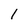
Character: 1